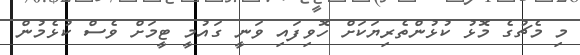
މި މެޗުގެ މޮޅު ކުޅުންތެރިޔަކަށް ހޮވިފައި ވަނީ ގައުމީ ޓީމަށް ވެސް ކުޅެމުން